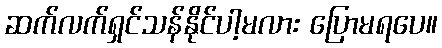
ဆက်လက်ရှင်သန်နိုင်ပါ့မလား ပြောမရပေ။